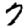
Digit: 7